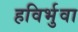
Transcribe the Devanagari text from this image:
हविर्भुवा